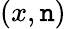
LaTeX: (x,\mathtt{n})